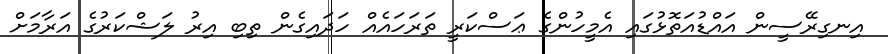
އިނގިރޭސީން އައްޑުއަތޮޅުގައި އެމީހުންގެ ޢަސްކަރީ ތަރަހައެއް ހަދައިގެން ތިބި އިރު ލަޝްކަރުގެ އަރާމަށް